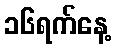
၁၆ရက်နေ့